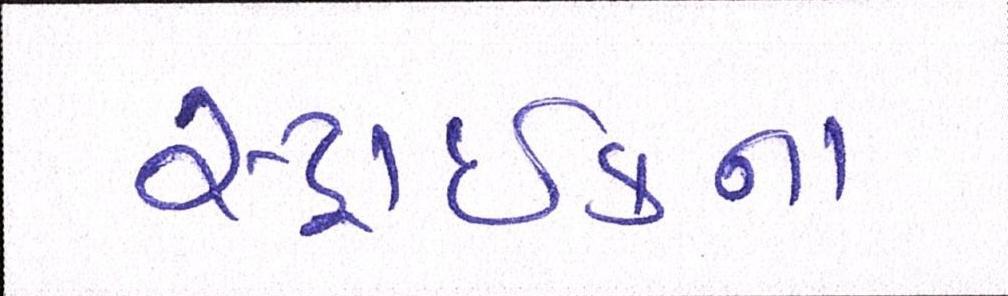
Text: સ્ટ્રાઈકના